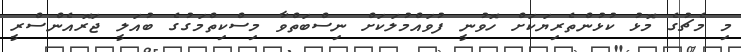
މި މެޗުގެ މޮޅު ކުޅުންތެރިޔަކަށް ހޮވުނީ ފުވައްމުލަކަށް ނިސްބަތްވާ މިސްކިތްމަގުގެ ބުއަލީ ޖަރޮއެންސްރީ